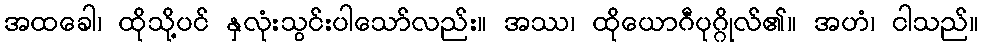
အထခေါ၊ ထိုသို့ပင် နှလုံးသွင်းပါသော်လည်း။ အဿ၊ ထိုယောဂီပုဂ္ဂိုလ်၏။ အဟံ၊ ငါသည်။